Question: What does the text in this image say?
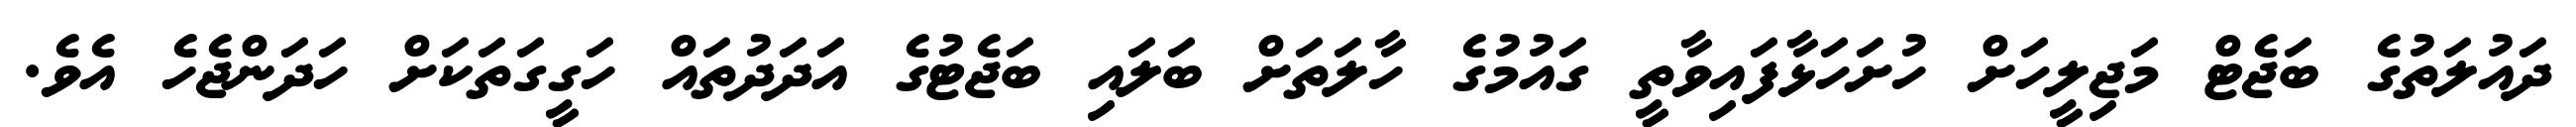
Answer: ދައުލަތުގެ ބަޖެޓް މަޖިލީހަށް ހުށަހަޅާފައިވާތީ ގައުމުގެ ހާލަތަށް ބަލައި ބަޖެޓުގެ އަދަދުތައް ހަގީގަތަކަށް ހަދަންޖެހެ އެވެ.